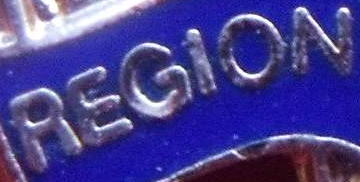
REGION